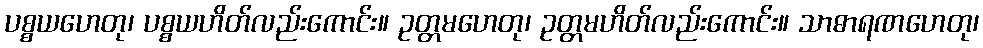
ပစ္စယဟေတု၊ ပစ္စယဟိတ်လည်းကောင်း။ ဥတ္တမဟေတု၊ ဥတ္တမဟိတ်လည်းကောင်း။ သာဓာရဏဟေတု၊